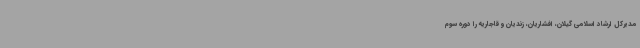
مدیرکل ارشاد اسلامی گیلان، افشاریان، زندیان و قاجاریه را دوره سوم